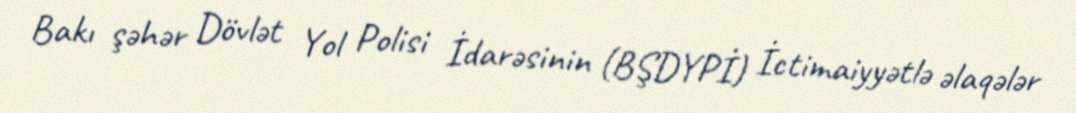
Bakı şəhər Dövlət Yol Polisi İdarəsinin (BŞDYPİ) İctimaiyyətlə əlaqələr